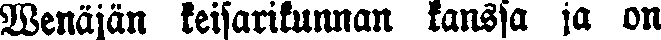
Wenäjän keisarikunnan kanssa ja on